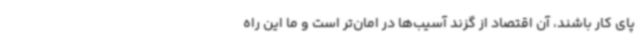
پای کار باشند، آن اقتصاد از گزند آسیب‌ها در امان‌تر است و ما این راه